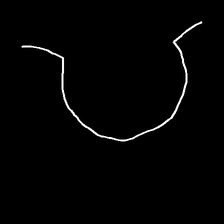
Glyph: weave